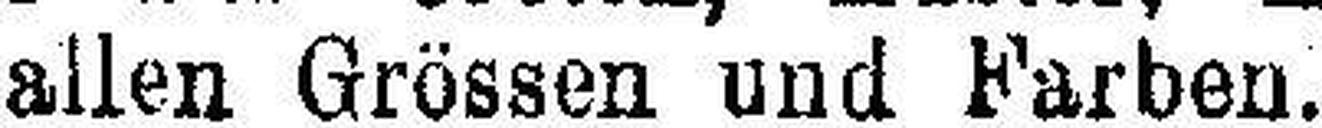
allen Grössen und Farben.